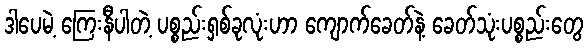
ဒါပေမဲ့ ကြေးနီပါတဲ့ ပစ္စည်းရှစ်ခုလုံးဟာ ကျောက်ခေတ်နဲ့ ခေတ်သုံးပစ္စည်းတွေ